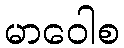
မာဝေါစ